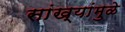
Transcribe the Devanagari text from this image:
सांख्यांमुळे